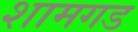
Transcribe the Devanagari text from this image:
शामगड